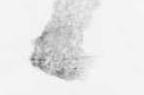
候